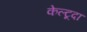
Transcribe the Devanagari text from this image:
केल्टूदा